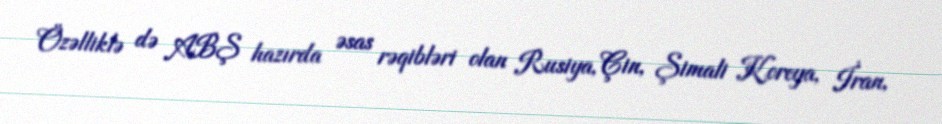
Özəlliklə də ABŞ hazırda əsas rəqibləri olan Rusiya, Çin, Şimali Koreya, İran,